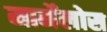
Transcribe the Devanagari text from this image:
मार्मेलोस